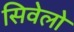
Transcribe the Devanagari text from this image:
सिवेलो